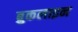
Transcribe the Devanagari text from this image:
ब्रुकलाइन